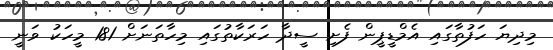
މިދިޔަ ހަފުތާގައި އެމްޑީޕީން ފެށި ސީދާ ހަރަކާތުގައި މިހާތަނަށް 181 މީހަކު ވަނީ